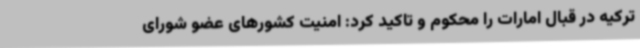
ترکیه در قبال امارات را محکوم و تاکید کرد: امنیت کشورهای عضو شورای